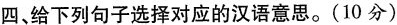
四、给下列句子选择对应的汉语意思。(10分)